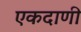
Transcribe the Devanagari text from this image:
एकदाणी